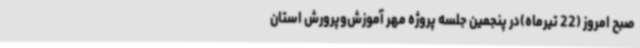
صبح امروز (22 تیرماه)در پنجمین جلسه پروژه مهر آموزش‌وپرورش استان